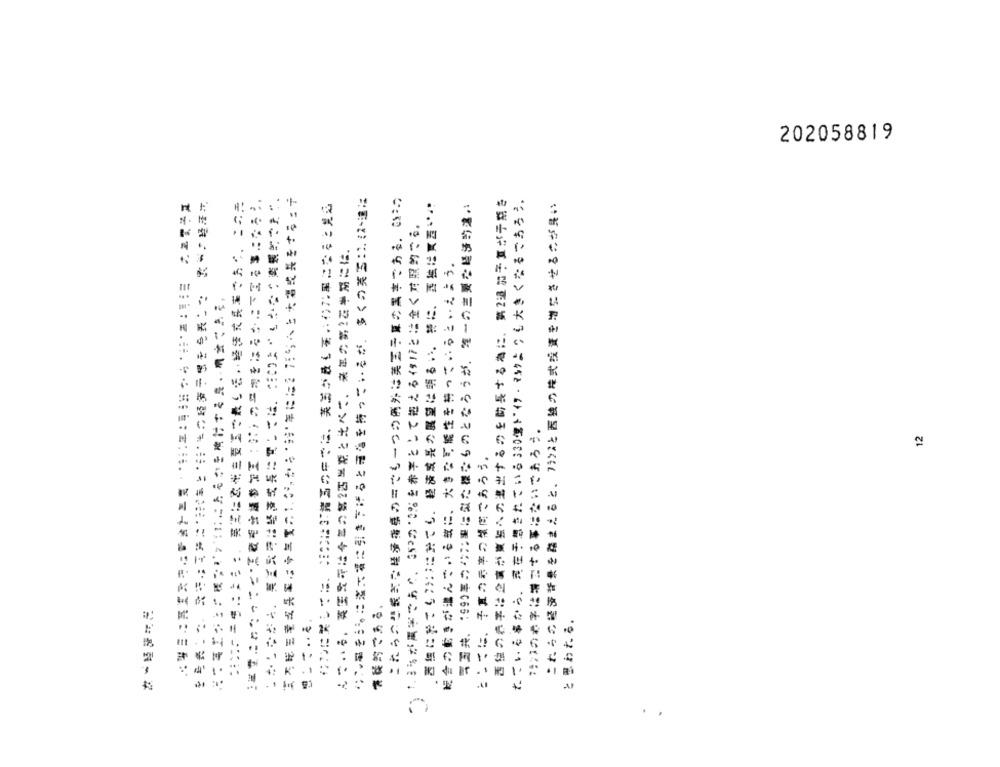
202058819
これらの連続ぎな経済指標のごさも一つの例外は英国予算の黒字である.ここの
学国共、1990年のいう事になた様なものとなろうが、第一の主要な経済訪違い
これらの経済背景を踏まえると、フランスと西独の株式投資を増加させるのが見い
祝合の動きが進んでいる戦に、大きな可能性を持っているといえよう。
12
といてに、 予算の巻字の横膚であろう。
2
..
2N#822196283822 10 1111112172119712
199222>7796742 0191234563版 9001127
@CGGW>##2009722121190 11